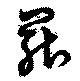
罷